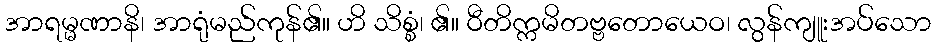
အာရမ္မဏာနိ၊ အာရုံမည်ကုန်၏။ ဟိ သိစ္စံ၊ ၏။ ဝီတိက္ကမိတဗ္ဗတောယေဝ၊ လွန်ကျူးအပ်သော